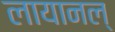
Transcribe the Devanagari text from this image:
लायानल्